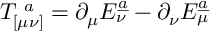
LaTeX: T _ { [ \mu \nu ] } ^ { \ a } = \partial _ { \mu } E _ { \nu } ^ { \underline { { { a } } } } - \partial _ { \nu } E _ { \mu } ^ { \underline { { { a } } } }